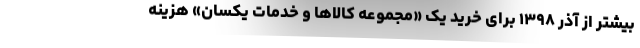
بیشتر از آذر ١٣٩٨ برای خرید یک «مجموعه کالاها و خدمات یکسان» هزینه